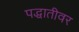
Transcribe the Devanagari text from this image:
पद्धातीवर